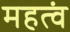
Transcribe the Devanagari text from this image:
महत्वं